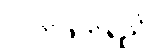
လက်ဖက်ရည်